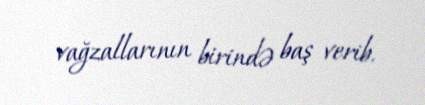
vağzallarının birində baş verib.